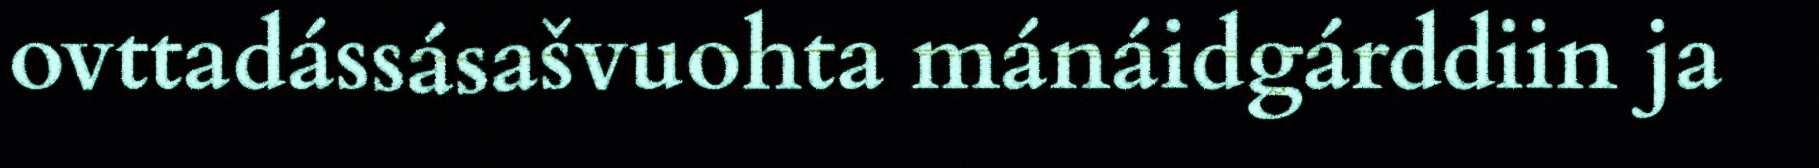
ovttadássásašvuohta mánáidgárddiin ja